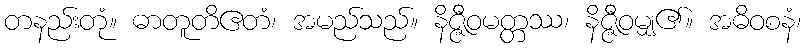
တနည်းတုံ။ ဓာတူတိဧတံ၊ အမည်သည်။ နိဇ္ဇီဝမတ္တဿ၊ နိဇ္ဇီဝမျှ၏။ အဓိဝစနံ၊